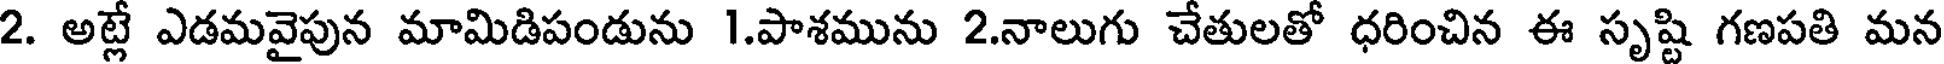
2. అట్లే ఎడమవైపున మామిడిపండును 1.పాశమును 2.నాలుగు చేతులతో ధరించిన ఈ సృష్టి గణపతి మన